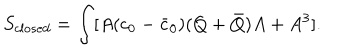
S _ { c l o s e d } = \int [ A ( c _ { 0 } - \bar { c } _ { 0 } ) ( Q + \bar { Q } ) A + A ^ { 3 } ] .